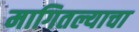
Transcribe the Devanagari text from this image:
मागितल्याचा